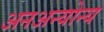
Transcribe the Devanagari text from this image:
अनअन्‍योन्‍य